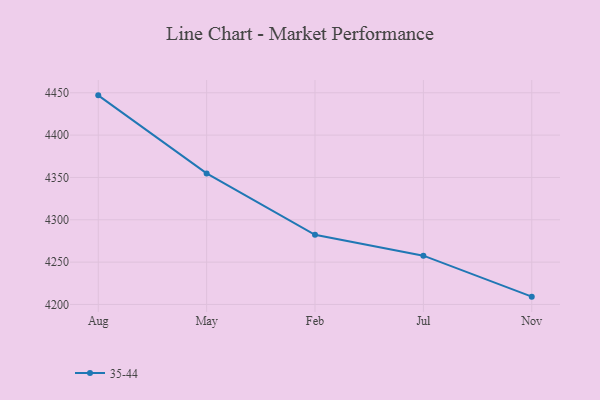
{"axis": {"x": "Month", "y": "Latency (ms)"}, "legend": ["35-44"], "data": [{"x": "Aug", "y": 4447.0, "type": "35-44"}, {"x": "May", "y": 4354.8, "type": "35-44"}, {"x": "Feb", "y": 4282.3, "type": "35-44"}, {"x": "Jul", "y": 4257.6, "type": "35-44"}, {"x": "Nov", "y": 4209.2, "type": "35-44"}]}